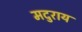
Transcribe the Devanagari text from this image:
मदुराय